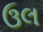
ઉલ